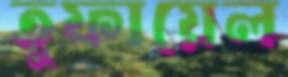
তুফায়েল